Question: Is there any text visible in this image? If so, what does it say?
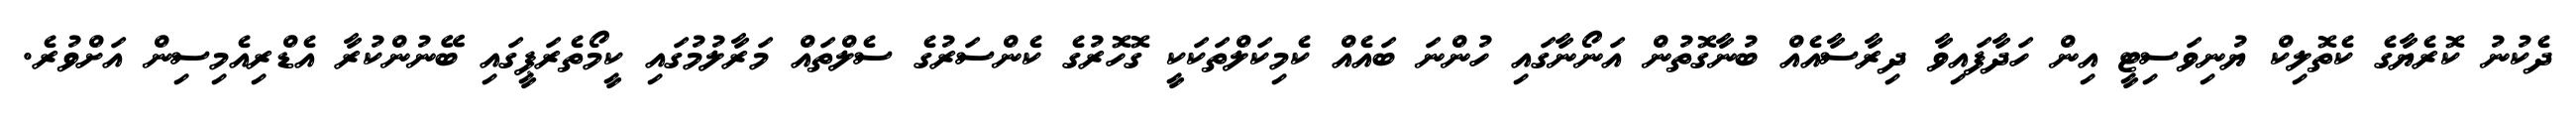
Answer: ދެކުނު ކޮރެޔާގެ ކެތޮލިކް ޔުނިވަސިޓީ އިން ހަދާފައިވާ ދިރާސާއެއް ބުނާގޮތުން އަނޯނާގައި ހުންނަ ބައެއް ކެމިކަލްތަކަކީ ގޮހޮރުގެ ކެންސަރުގެ ސެލްތައް މަރާލުމުގައި ކީމޯތެރަޕީގައި ބޭނުންކުރާ އެޑްރިއެމިސިން އަށްވުރެ.